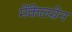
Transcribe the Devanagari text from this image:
मेंकेलग्रेन